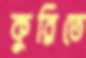
কুরিতে